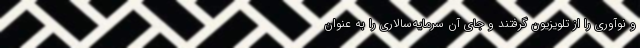
و نوآوری را از تلویزیون گرفتند و جایِ آن سرمایه‌سالاری را به عنوان